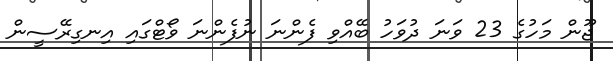
ޖޫން މަހުގެ 23 ވަނަ ދުވަހު ބޭއްވި ފެންނަ ނުފެންނަ ވޯޓްގައި އިނގިރޭސީން